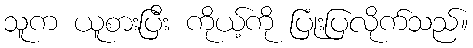
သူက ယူစားပြီး ကိုယ့်ကို ပြုံးပြလိုက်သည်။